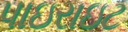
પાઇરાઇટ